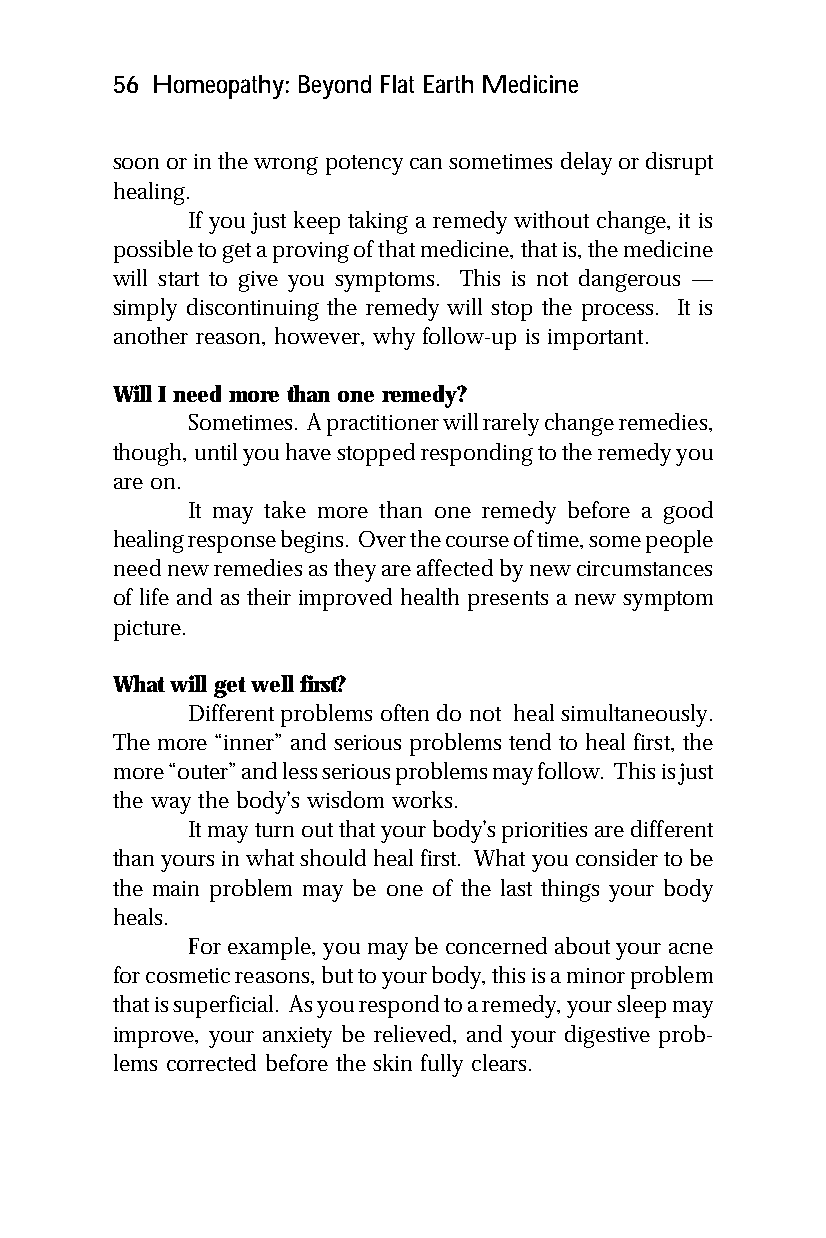
56 Homeopathy: Beyond Flat Earth Medicine
 soon or in the wrong potency can sometimes delay or disrupt
 healing.
 If you just keep taking a remedy without change, it is
 possible to get a proving of that medicine, that is, the medicine
 will start to give you symptoms. This is not dangerous —
 simply discontinuing the remedy will stop the process. It is
 another reason, however, why follow-up is important.
 Will I need more than one remedy?
 Sometimes. A practitioner will rarely change remedies,
 though, until you have stopped responding to the remedy you
 are on.
 It may take more than one remedy before a good
 healing response begins. Over the course of time, some people
 need new remedies as they are affected by new circumstances
 of life and as their improved health presents a new symptom
 picture.
 What will get well first?
 Different problems often do not heal simultaneously.
 The more “inner” and serious problems tend to heal first, the
 more “outer” and less serious problems may follow. This is just
 the way the body’s wisdom works.
 It may turn out that your body’s priorities are different
 than yours in what should heal first. What you consider to be
 the main problem may be one of the last things your body
 heals.
 For example, you may be concerned about your acne
 for cosmetic reasons, but to your body, this is a minor problem
 that is superficial. As you respond to a remedy, your sleep may
 improve, your anxiety be relieved, and your digestive prob-
 lems corrected before the skin fully clears.